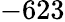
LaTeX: -623